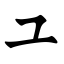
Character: ユ